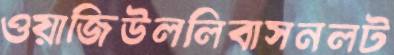
ওয়াজিউললিবাসনলট